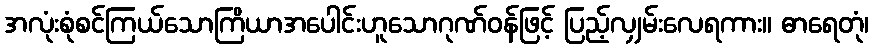
အလုံးစုံစင်ကြယ်သောကြိယာအပေါင်းဟူသောဂုဏ်ဝန်ဖြင့် ပြည့်လျှမ်းလေရကား။ ဓာရေတုံ၊